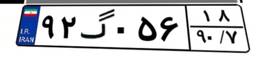
۹۲گ۰۵۶۱۸